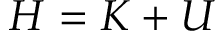
H = K + U